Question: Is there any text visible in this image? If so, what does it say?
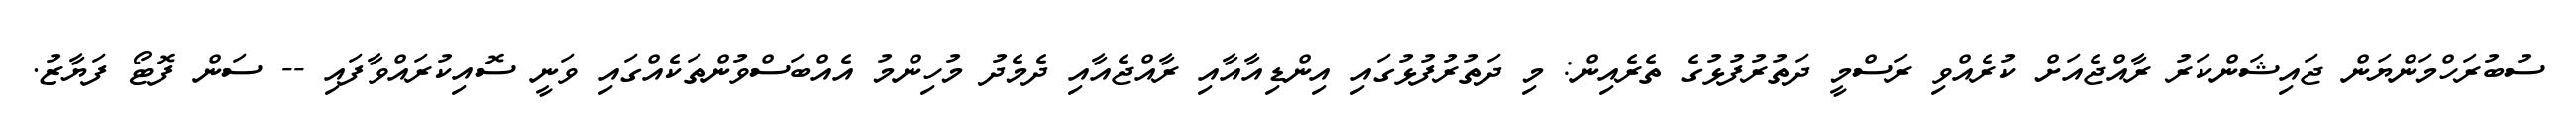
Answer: ސުބުރަހްމަންޔަން ޖައިޝަންކަރު ރާއްޖެއަށް ކުރެއްވި ރަސްމީ ދަތުރުފުޅުގެ ތެރެއިން: މި ދަތުރުފުޅުގައި އިންޑިއާއާއި ރާއްޖެއާއި ދެމެދު މުހިންމު އެއްބަސްވުންތަކެއްގައި ވަނީ ސޮއިކުރައްވާފައި -- ސަން ފޮޓޯ ފަޔާޒު.